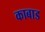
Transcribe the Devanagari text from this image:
काबाड